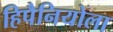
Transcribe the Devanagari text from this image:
हिपैनियोला